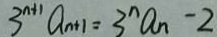
3 ^ { n + 1 } a _ { n + 1 } = 3 ^ { n } a _ { n } - 2